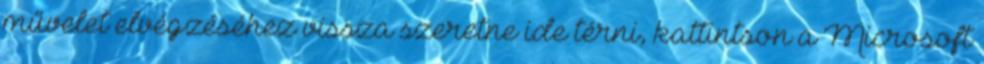
művelet elvégzéséhez vissza szeretne ide térni, kattintson a Microsoft